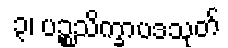
၃၊ ပဉ္စသိက္ခာပဒသုတ်